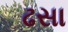
ઢસા